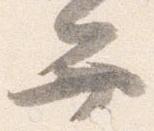
弁